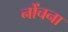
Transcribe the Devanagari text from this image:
नोंचना